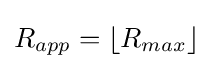
R_{app}=\lfloor R_{max}\rfloor